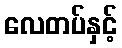
လေတပ်နှင့်